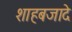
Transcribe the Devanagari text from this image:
शाहबजादे